Civil Veterinary Dept. Bombay admin report 1893-99 - 1893-1899
Year: 1893
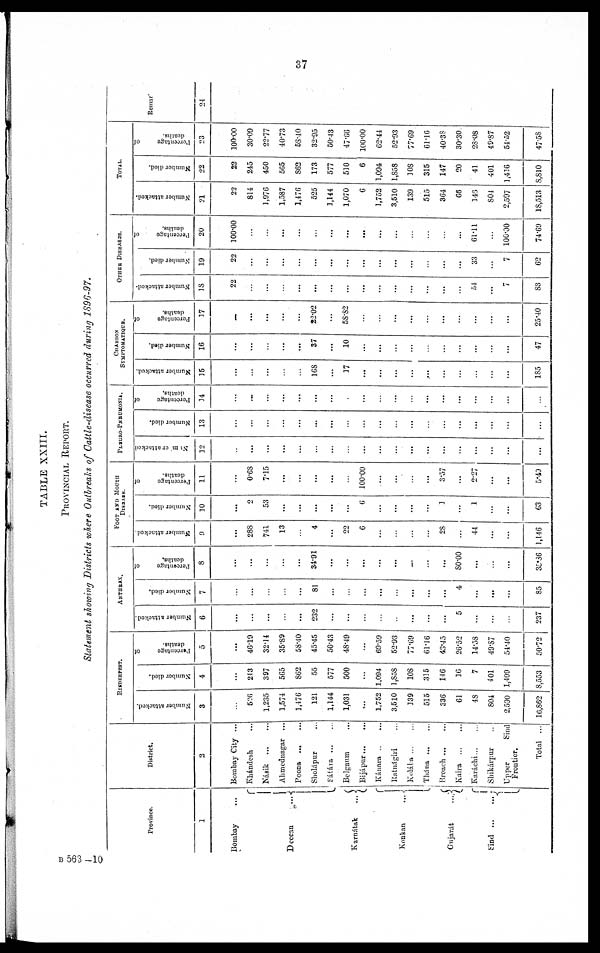
37
TABLE XXIII.
PROVINCIAL REPORT.
Statement showing Districts where Outbreaks of Cattle-disease occurred during 1896-97.
Province.
1
Bombay ...
Dcccan
...
Karnátak
...
Konkan
...
Gujarát
...
Sind
...
...
District.
2
Bombay City ...
Khándesh ...
Násik ... ...
Ahmednagar ...
Poona
...
...
Sholápur ... ...
Sátára...
...
Belganm ...
Bijápur...
..
Kánara .. ...
Ratnágiri ...
Koláka ... ...
Thána
...
...
Broach ... ...
Kaira
...
...
Karáchi... ...
Shikárpur ...
Upper
Sind
Frontier.
Total ...
RINDERPEST.
Number attacked.
3
...
526
1,235
1,574
1,176
121
1,144
1,031
...
1,752
3,510
339
515
336
61
48
804
2,590
16,862
Number died.
4
...
243
397
565
862
55
577
500
...
1,094
1,858
108
315
146
16
7
401
1,409
8,553
Percentage
of
deaths.
5
...
46.19
32.14
35.89
58.40
45.45
50.43
48.49
...
69.59
52.93
77.69
61.16
43.45
26.52
14.58
49.87
54.40
50.72
ANTHRAX.
Number attacked.
6
...
...
...
...
...
232
...
...
...
...
...
...
...
...
5
...
...
...
237
Number died.
7
...
...
...
...
...
81
...
...
...
...
...
...
...
...
4
...
...
...
85
Peresntage
of
deaths.
8
...
...
...
...
...
34.91
...
...
...
...
...
...
...
...
80.00
...
...
...
35.86
FOOT AND MOUTH
DISEASE.
Number attacked.
9
...
288
741
13
...
4
...
22
6
...
...
...
...
28
...
44
...
...
1,146
Number died.
10
...
2
53
...
...
...
...
...
6
...
...
...
...
3
...
1
...
...
63
Percentage
of
deaths.
11
...
0.68
7.15
...
...
...
...
...
100.00
...
...
...
...
3.57
...
2.27
...
...
5.40
PLEURO-PNEUMONIA.
Num or attacked
12
...
...
...
...
...
...
...
...
...
...
...
...
...
...
...
...
...
...
...
Number died.
13
...
...
...
...
...
...
...
...
...
...
...
...
...
...
...
...
...
...
...
Percentage
of
deaths.
14
...
...
...
......
...
...
...
...
...
...
...
...
...
...
...
...
...
...
...
CHARBON
SYMPTOMATIQUS.
Number attacked.
15
...
...
...
...
...
168
...
17
...
...
......
...
....
...
...
...
...
...
185
Number died.
16
...
...
...
...
...
37
...
10
...
...
...
...
...
...
...
...
...
...
47
Percentage
of
deaths.
17
...
...
...
...
...
22.02
...
58.82
...
...
...
...
...
...
...
...
...
...
25.40
OTHER DISEASES.
Number attacked.
18
22
...
...
...
...
...
...
...
...
...
...
...
...
...
...
51
...
7
83
Number died.
19
22
...
...
...
...
...
...
...
...
...
...
...
...
...
...
33
...
7
62
Percentage
of
deaths.
20
100.00
...
...
...
...
...
...
...
...
...
...
...
...
...
...
61.11
...
100.00
74.69
TOTAL.
Number attacked.
21
22
814
1,976
1,587
1,476
525
1,144
1,070
6
1,752
3,510
139
515
364
66
146
804
2,597
18,513
Number died.
22
22
245
450
565
862
173
577
510
6
1,094
1,858
108
315
147
20
41
401
1,416
8,810
Percentage
of
deaths.
23
100.00
30.09
22.77
40.73
58.10
32.95
50.43
47.66
100.00
62.44
52.93
77.69
61.16
40.38
30.30
28.08
49.87
54.52
47.58
Remarks.
24
B 563 —10